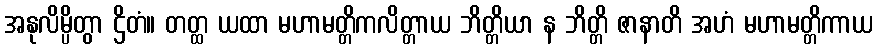
အနုလိမ္ပိတွာ ဌိတံ။ တတ္ထ ယထာ မဟာမတ္တိကလိတ္တာယ ဘိတ္တိယာ န ဘိတ္တိ ဇာနာတိ အဟံ မဟာမတ္တိကာယ